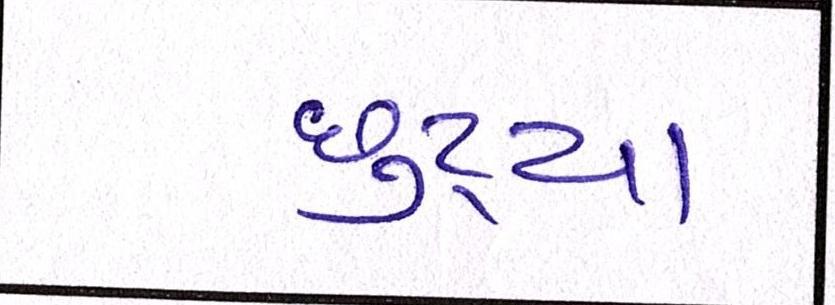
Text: છુટ્યા